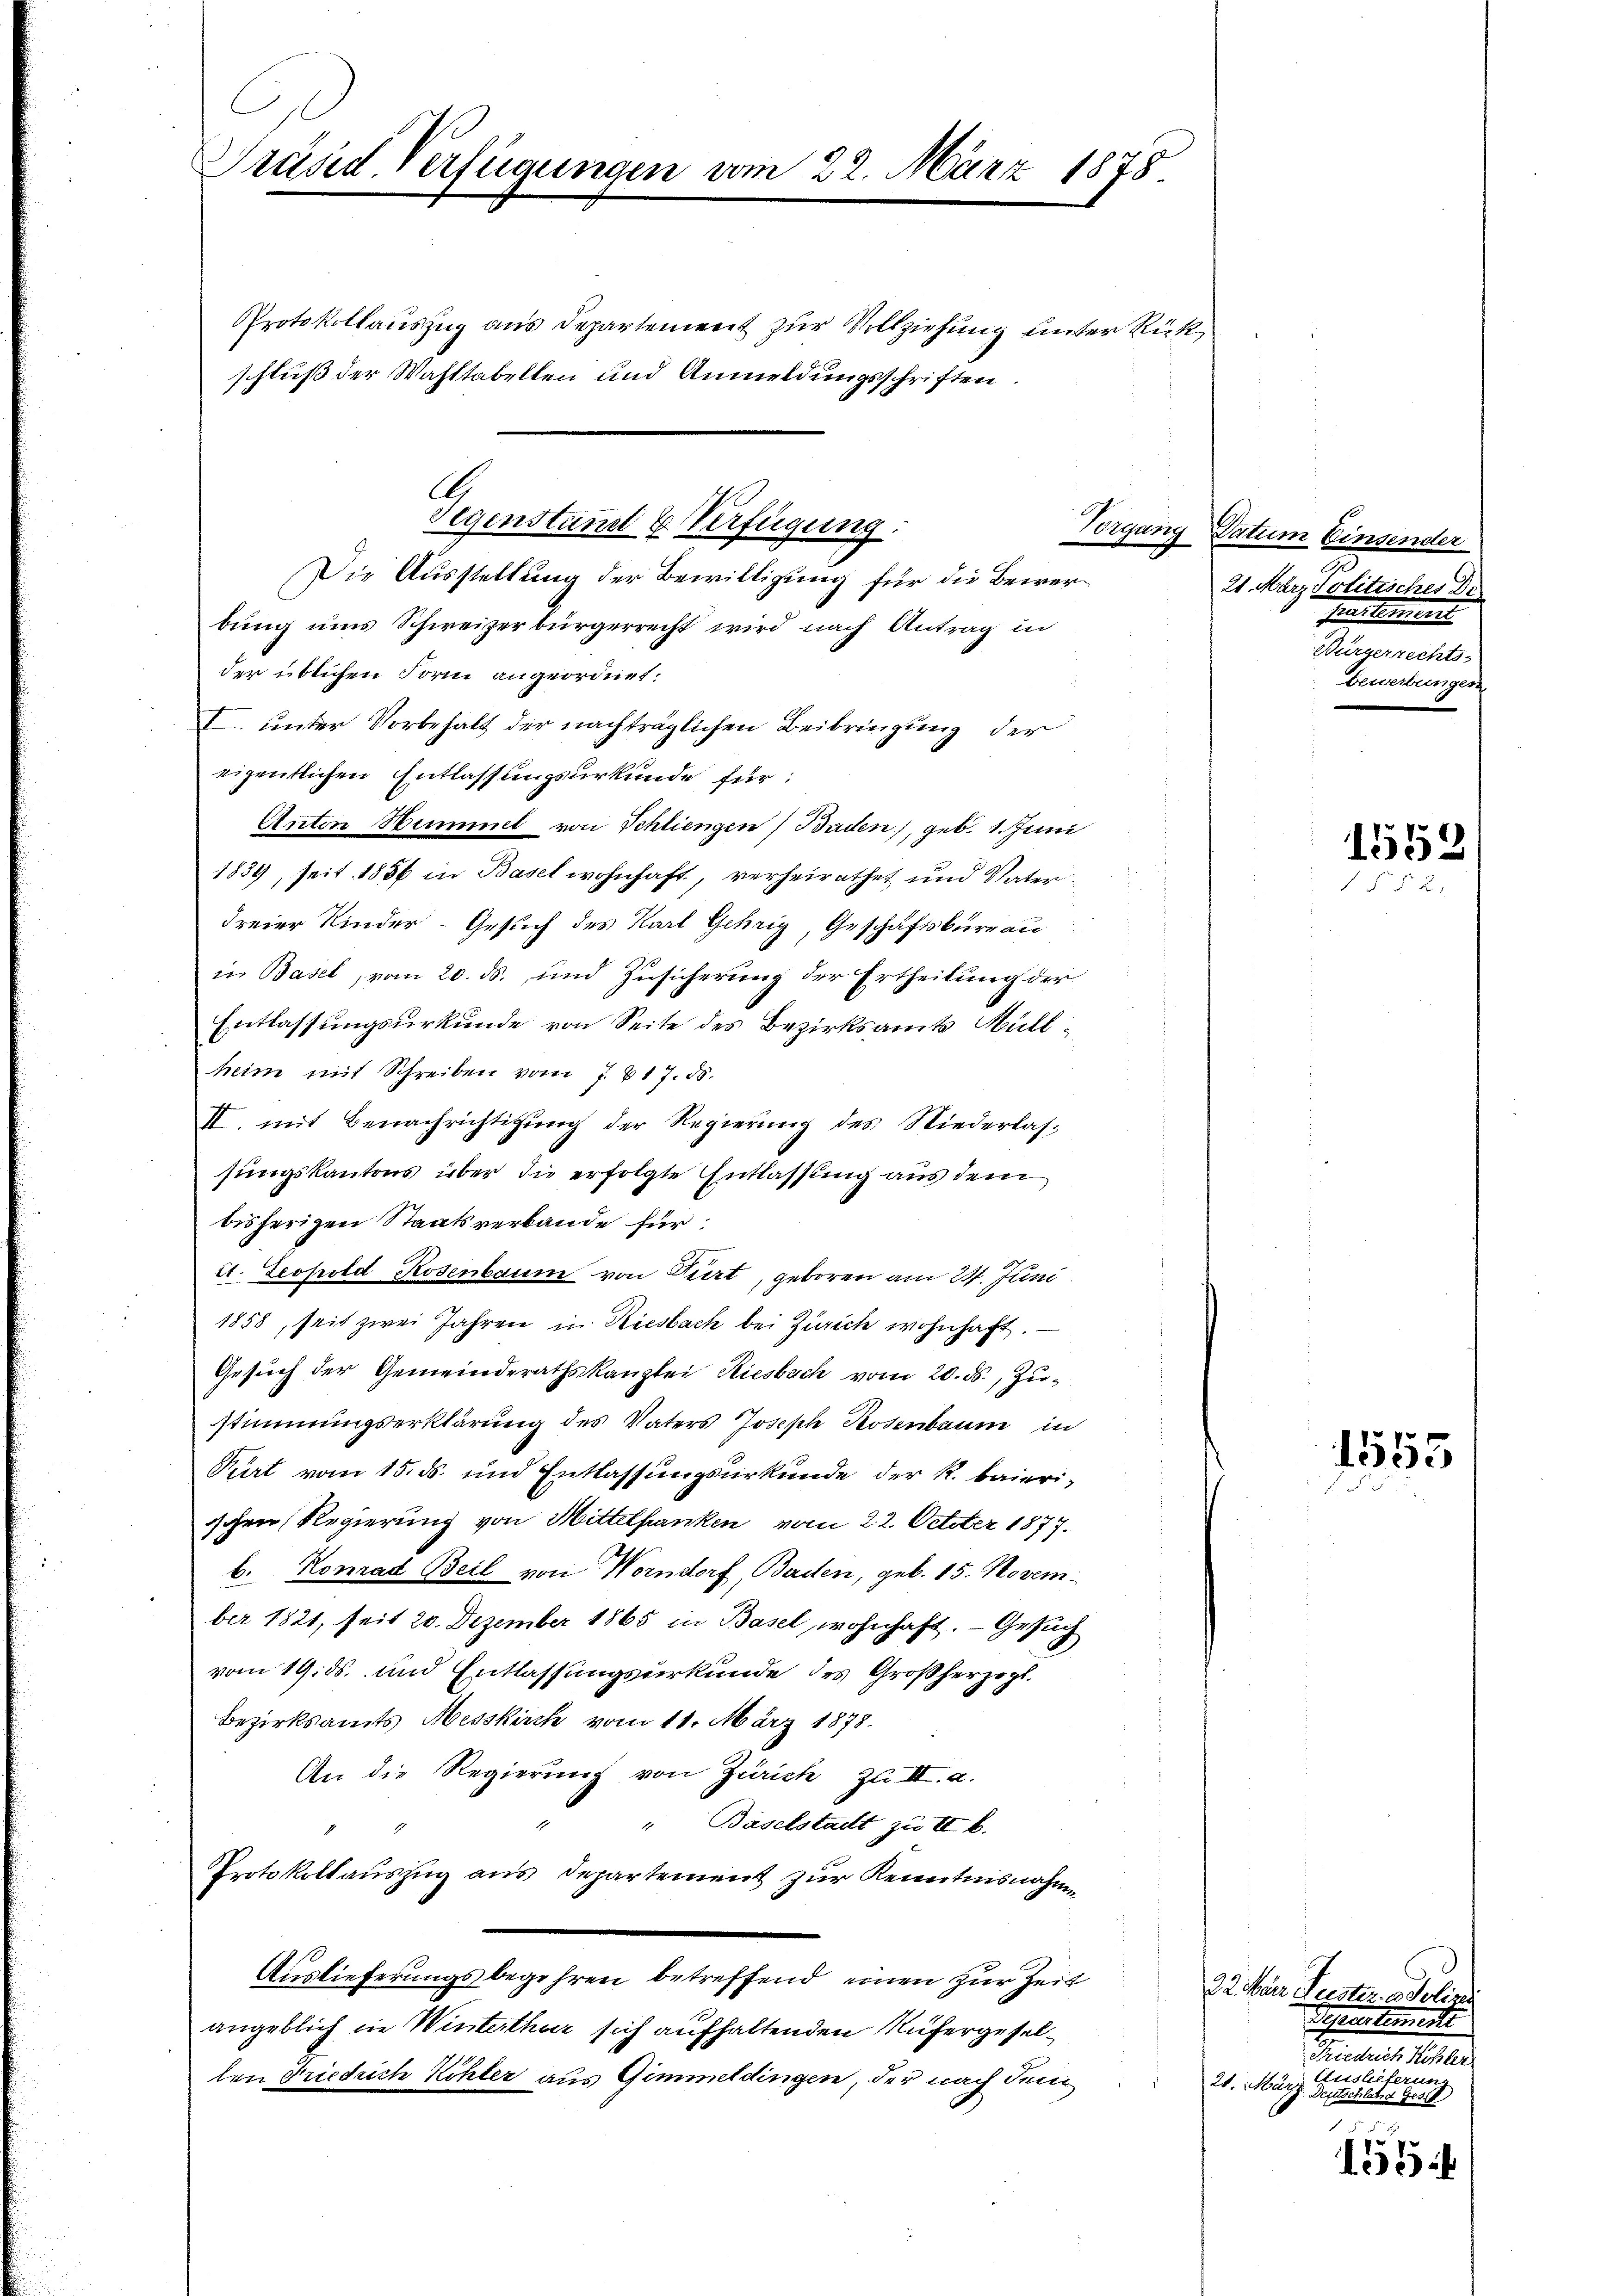
Präsid-Verfügungen vom 22. März 1878
Protokollauszug aus Departement zur Vollziehung unter Rückschluß der Wahltabellen und Anmeldungsschriften

A.
Gegenstand & Verfügung:
Veigung
Die Ausstellung der Bewilligung für die Bewer¬

bung uns Schweizerbürgerrecht wird nach Antrag in
der üblichen Form angeordnet.
I. unter Vorbehalt der nachträglichen Beibringung der
eigentlichen Entlassungsurkunde für:
Anton Nummet von Schliengen) Baden), geb. 1. Juni
1834, seit 1856 in Basel wohnhaft, verheirathet und Vater
Freier Kinder- Gesuch des Karl Gehrig, Geschäftsbureau
in Basel, vom 20. ds. und Zusicherung der Ertheilung der
Entlassungsurkunde von Seite des Bezirksamts Müllheim mit Schreiben vom 7. 617. 85.
II. mit Benachrichtigung der Regierung des Niederlassungskantons über die erfolgte Entlassung aus dem
bisherigen Staatsverbande für
t1. Leopold Rosenbaum von Diert, geboren am 24. Juni
1858, seit zwei Jahren in Riesbach bei Zürich wohnhaft.
Gesuch der Gemeinderathskanzlei Riesbach vom 20. ds., Zustimmungserklärung des Vaters Joseph Rosenbaum in
Purt vom 15. ds. und Entlassungsurkunde der R. baieri-
sschen Regierung von Mittelbanken vom 22. October 1877.
b. Konrad Beil von Worndorf, Baden, geb. 15. Novem-
ber 1821, seit 20. Dezember 1865 in Basel, wohnhaft. — Gesuch
vom 19. ds. und Entlassungsurkunde des Großherzogl.
Bezirksamts Messkirch vom 11. März 1878.
An die Regierung von Zürich zu III. a.
" Baselstadt zu II b.
Protokollauszug aus Departement zur Kenntnisnahme
Auslieferungsbegehren betreffend einen zur Zeit
angeblich die Winterthur sich aufhaltenden Rufergesellen Friedrich Köhler aus Gimmerdingen, der nach dem

Datum Einsender
2
21. März dolitisches Dr.
senkoment
Bürgerrechts-
bewerbungen.

1552

1555

22. März Frister. a. Polizei
Separtemente
eaters alle
Auslieferung
21. März. Deutschlehre Ges
f

1554